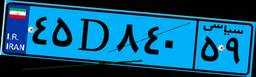
۵۸D۷۱۹۶۴